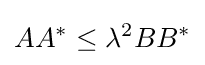
AA^{*}\leq \lambda ^{2}BB^{*}